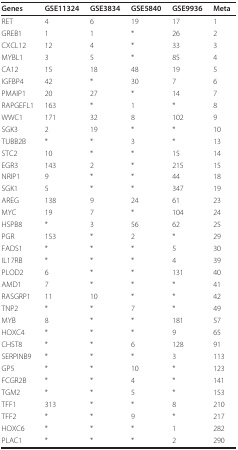
<table><thead><tr><td><b>Genes</b></td><td><b>GSE11324</b></td><td><b>GSE3834</b></td><td><b>GSE5840</b></td><td><b>GSE9936</b></td><td><b>Meta</b></td></tr></thead><tbody><tr><td>RET</td><td>4</td><td>6</td><td>19</td><td>17</td><td>1</td></tr><tr><td>GREB1</td><td>1</td><td>1</td><td>*</td><td>26</td><td>2</td></tr><tr><td>CXCL12</td><td>12</td><td>4</td><td>*</td><td>33</td><td>3</td></tr><tr><td>MYBL1</td><td>3</td><td>5</td><td>*</td><td>85</td><td>4</td></tr><tr><td>CA12</td><td>15</td><td>18</td><td>48</td><td>19</td><td>5</td></tr><tr><td>IGFBP4</td><td>42</td><td>*</td><td>30</td><td>7</td><td>6</td></tr><tr><td>PMAIP1</td><td>20</td><td>27</td><td>*</td><td>14</td><td>7</td></tr><tr><td>RAPGEFL1</td><td>163</td><td>*</td><td>1</td><td>*</td><td>8</td></tr><tr><td>WWC1</td><td>171</td><td>32</td><td>8</td><td>102</td><td>9</td></tr><tr><td>SGK3</td><td>2</td><td>19</td><td>*</td><td>*</td><td>10</td></tr><tr><td>TUBB2B</td><td>*</td><td>*</td><td>3</td><td>*</td><td>13</td></tr><tr><td>STC2</td><td>10</td><td>*</td><td>*</td><td>15</td><td>14</td></tr><tr><td>EGR3</td><td>143</td><td>2</td><td>*</td><td>215</td><td>15</td></tr><tr><td>NRIP1</td><td>9</td><td>*</td><td>*</td><td>44</td><td>18</td></tr><tr><td>SGK1</td><td>5</td><td>*</td><td>*</td><td>347</td><td>19</td></tr><tr><td>AREG</td><td>138</td><td>9</td><td>24</td><td>61</td><td>23</td></tr><tr><td>MYC</td><td>19</td><td>7</td><td>*</td><td>104</td><td>24</td></tr><tr><td>HSPB8</td><td>*</td><td>3</td><td>56</td><td>62</td><td>25</td></tr><tr><td>PGR</td><td>153</td><td>*</td><td>2</td><td>*</td><td>29</td></tr><tr><td>FADS1</td><td>*</td><td>*</td><td>*</td><td>5</td><td>30</td></tr><tr><td>IL17RB</td><td>*</td><td>*</td><td>*</td><td>4</td><td>39</td></tr><tr><td>PLOD2</td><td>6</td><td>*</td><td>*</td><td>131</td><td>40</td></tr><tr><td>AMD1</td><td>7</td><td>*</td><td>*</td><td>*</td><td>41</td></tr><tr><td>RASGRP1</td><td>11</td><td>10</td><td>*</td><td>*</td><td>42</td></tr><tr><td>TNP2</td><td>*</td><td>*</td><td>7</td><td>*</td><td>49</td></tr><tr><td>MYB</td><td>8</td><td>*</td><td>*</td><td>181</td><td>57</td></tr><tr><td>HOXC4</td><td>*</td><td>*</td><td>*</td><td>9</td><td>65</td></tr><tr><td>CHST8</td><td>*</td><td>*</td><td>6</td><td>128</td><td>91</td></tr><tr><td>SERPINB9</td><td>*</td><td>*</td><td>*</td><td>3</td><td>113</td></tr><tr><td>GP5</td><td>*</td><td>*</td><td>10</td><td>*</td><td>123</td></tr><tr><td>FCGR2B</td><td>*</td><td>*</td><td>4</td><td>*</td><td>141</td></tr><tr><td>TGM2</td><td>*</td><td>*</td><td>5</td><td>*</td><td>153</td></tr><tr><td>TFF1</td><td>313</td><td>*</td><td>*</td><td>8</td><td>210</td></tr><tr><td>TFF2</td><td>*</td><td>*</td><td>9</td><td>*</td><td>217</td></tr><tr><td>HOXC6</td><td>*</td><td>*</td><td>*</td><td>1</td><td>282</td></tr><tr><td>PLAC1</td><td>*</td><td>*</td><td>*</td><td>2</td><td>290</td></tr></tbody></table>